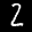
Label: 2